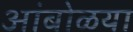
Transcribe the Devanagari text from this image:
आंबोळया